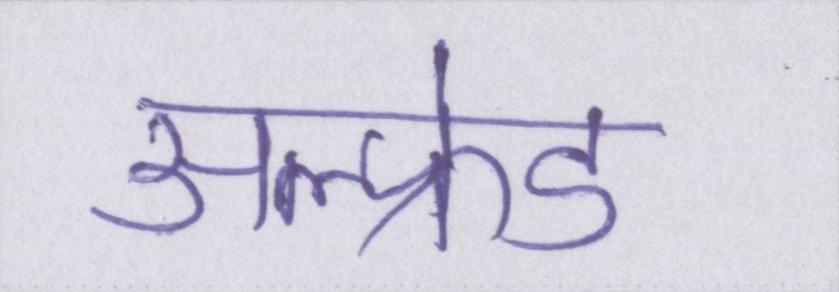
अल्फ्रेड